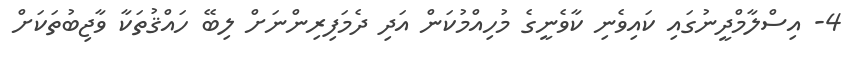
4- އިސްލާމްދީނުގައި ކައިވެނި ކާވެނީގެ މުހިއްމުކަން އަދި ދެމަފިރިންނަށް ލިބޭ ހައްޤުތަކާ ވާޖިބުތަކަށް